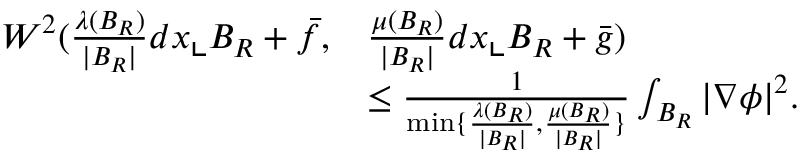
\begin{array} { r l } { W ^ { 2 } ( \frac { \lambda ( B _ { R } ) } { | B _ { R } | } d x \llcorner B _ { R } + \bar { f } , } & { \frac { \mu ( B _ { R } ) } { | B _ { R } | } d x \llcorner B _ { R } + \bar { g } ) } \\ & { \le \frac { 1 } { \operatorname* { m i n } \{ \frac { \lambda ( B _ { R } ) } { | B _ { R } | } , \frac { \mu ( B _ { R } ) } { | B _ { R } | } \} } \int _ { B _ { R } } | \nabla \phi | ^ { 2 } . } \end{array}